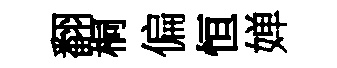
翻桐偏恒婵